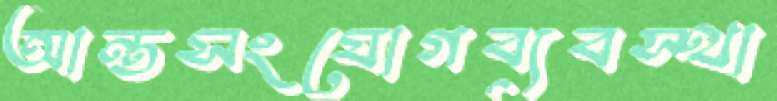
আন্তসংযোগব্যবস্থা